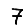
Digit: 7